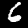
Label: 6